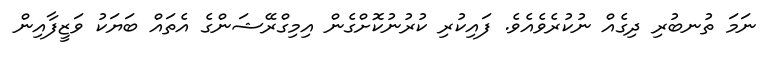
ނަމަ ތުނބުރި ދިގެއް ނުކުރެވެއެވެ. ފައިކުރި ކުރުނުކޮށްގެން އިމިގްރޭޝަންގެ އެތައް ބަޔަކު ވަޒީފާއިން